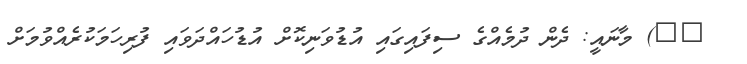
١١) މާނައީ: ދެން ދުމެއްގެ ސިފައިގައި އުޑުވަނިކޮށް އުޑުހައްދަވައި ފުރިހަމަކުރެއްވުމަށް